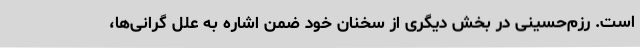
است. رزم‌حسینی در بخش دیگری از سخنان خود ضمن اشاره به علل گرانی‌ها،